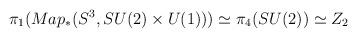
LaTeX: \begin{align*}\pi_{1}(Map_{\ast}(S^{3}, SU(2)\times U(1))) \simeq \pi_{4}(SU(2))\simeq Z_{2}\end{align*}